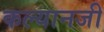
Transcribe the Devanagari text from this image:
कल्यानजी